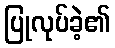
ပြုလုပ်ခဲ့၏